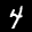
Label: 4